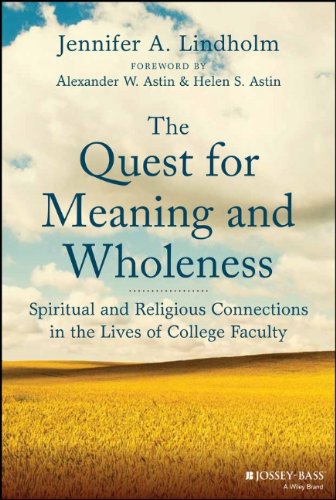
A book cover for The Quest for Meaning and Wholeness: Spiritual and Religious Connections in the Lives of College Faculty; Jennifer A. Lindholm; Education & Teaching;